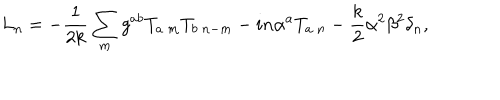
L _ { n } = - { \frac { 1 } { 2 k } } \sum _ { m } g ^ { a b } T _ { a \ m } T _ { b \ n - m } - i n \alpha ^ { a } T _ { a \ n } - { \frac { k } { 2 } } \alpha ^ { 2 } \beta ^ { 2 } \delta _ { n } ,